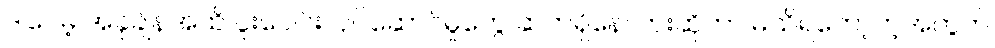
ဒါပေမဲ့ အခုချိန်အထိ ပူးပေါင်းလုပ်ဆောင်မှုတွေ ဆက်ရှိနေလားဆိုတာ မသိရတော့တဲ့အတွက်